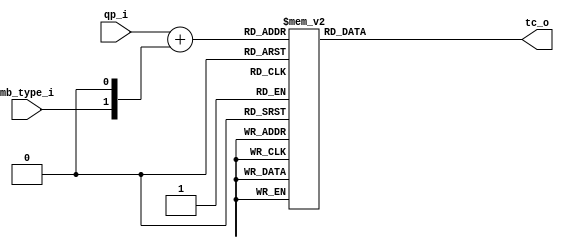
module db_lut_tc( qp_i,mb_type_i,tc_o );

input  [5:0] qp_i		;
input        mb_type_i	;

output [4:0] tc_o		; 
reg    [4:0] tc_o		;

wire [5:0] qp_w = qp_i + {mb_type_i,1'b0};

always @(qp_w) begin
    case(qp_w)
		'd18: tc_o  =  5'd1 ;
        'd19: tc_o  =  5'd1 ;
		'd20: tc_o  =  5'd1;
		'd21: tc_o  =  5'd1;
		'd22: tc_o  =  5'd1;
		'd23: tc_o  =  5'd1;
		'd24: tc_o  =  5'd1;
		'd25: tc_o  =  5'd1;
		'd26: tc_o  =  5'd1;
		'd27: tc_o  =  5'd2;
		'd28: tc_o  =  5'd2;
		'd29: tc_o  =  5'd2;		
		'd30: tc_o  =  5'd2;
		'd31: tc_o  =  5'd3;
		'd32: tc_o  =  5'd3;
		'd33: tc_o  =  5'd3;
		'd34: tc_o  =  5'd3;
		'd35: tc_o  =  5'd4;
		'd36: tc_o  =  5'd4;
		'd37: tc_o  =  5'd4;
		'd38: tc_o  =  5'd5;
		'd39: tc_o  =  5'd5;		
		'd40: tc_o  =  5'd6;
		'd41: tc_o  =  5'd6;
		'd42: tc_o  =  5'd7;
		'd43: tc_o  =  5'd8;
		'd44: tc_o  =  5'd9;
		'd45: tc_o  =  5'd10;
		'd46: tc_o  =  5'd11;
		'd47: tc_o  =  5'd13;
		'd48: tc_o  =  5'd14;
		'd49: tc_o  =  5'd16;
		'd50: tc_o  =  5'd18;
		'd51: tc_o  =  5'd20;
		'd52: tc_o  =  5'd22;
		'd53: tc_o  =  5'd24;
	  default: tc_o =  5'd0 ;
	endcase		
end

endmodule